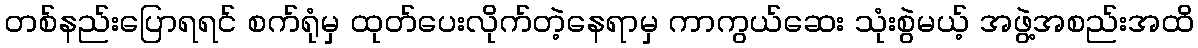
တစ်နည်းပြောရရင် စက်ရုံမှ ထုတ်ပေးလိုက်တဲ့နေရာမှ ကာကွယ်ဆေး သုံးစွဲမယ့် အဖွဲ့အစည်းအထိ